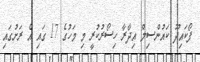
ފޯކައިދޫ ކައުންސިލް އިދާރާ ހިސޯރުކުރީ މި މަހުގެ 17 ގައި އެ ރަށުގައި